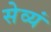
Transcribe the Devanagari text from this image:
सेव्यं